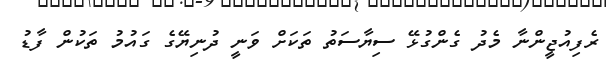
ރެފިއުޖީންނާ މެދު ގެންގުޅޭ ސިޔާސަތު ތަކަށް ވަނީ ދުނިޔޭގެ ގައުމު ތަކުން ފާޑު